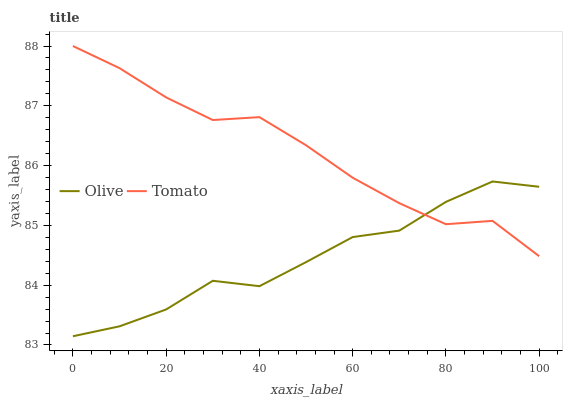
| xaxis_label | Olive | Tomato |
 | --- | --- | --- |
 | 0 | 83.1 | 88 |
 | 10 | 83.3 | 87.6 |
 | 20 | 83.6 | 87.1 |
 | 30 | 84.1 | 86.8 |
 | 40 | 84 | 86.8 |
 | 50 | 84.4 | 86.3 |
 | 60 | 84.8 | 85.8 |
 | 70 | 84.9 | 85.4 |
 | 80 | 85.4 | 85 |
 | 90 | 85.7 | 85.1 |
 | 100 | 85.6 | 84.5 |